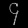
Digit: ၄